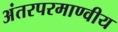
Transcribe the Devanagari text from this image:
अंतरपरमाण्वीय